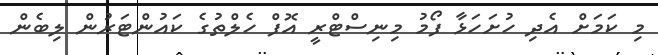
މި ކަމަށް އެދި ހުށަހަޅާ ފޯމު މިނިސްޓްރީ އޮފް ހެލްތުގެ ކައުންޓަރުން ލިބެން